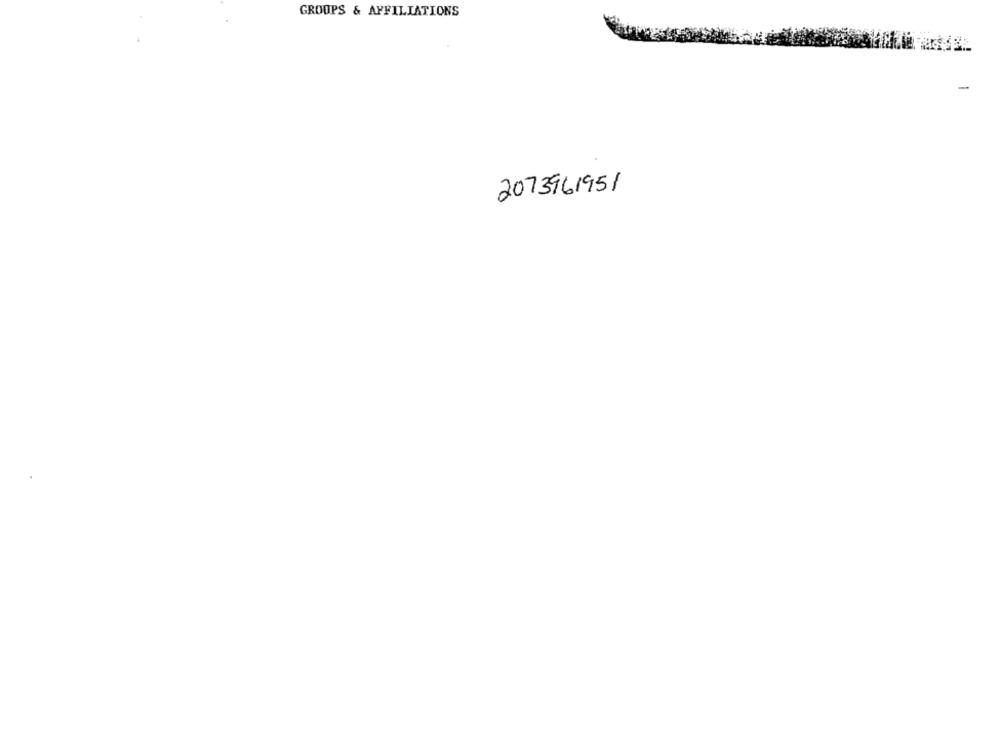
GROUPS & AFFILIATIONS
2073961951